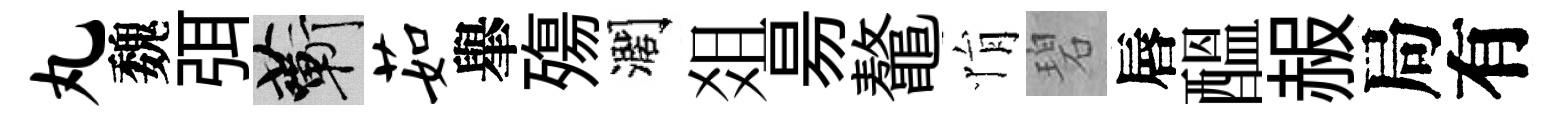
丸魏弭蔪茹𦦙殤濶爼昜鼇悁碧唇醖赧局有